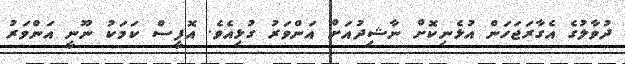
ދުވާލުގެ އެގާރަޖަހަން އުޅެނިކޮށް ނާޝިދުއަށް އަންވަރު ގުޅިއެވެ. އޮފީސް ކަމަކު ނޫނީ އަންވަރު